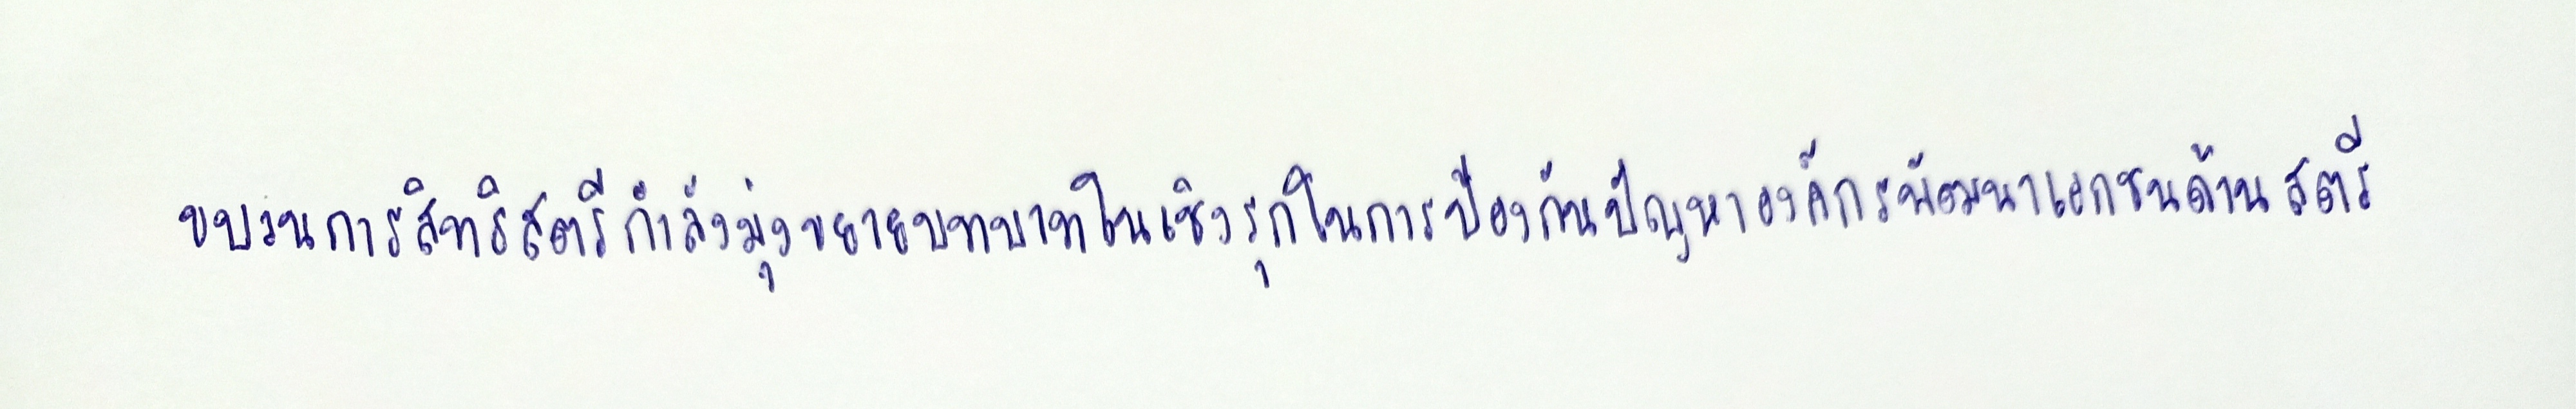
ขบวนการสิทธิสตรีกำลังมุ่งขยายบทบาทในเชิงรุกในการป้องกันปัญหาองค์กรพัฒนาเอกชนด้านสตรี